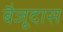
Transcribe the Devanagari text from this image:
बैजूदास